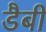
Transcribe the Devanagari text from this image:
डैबी